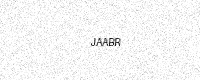
Text: JAABR